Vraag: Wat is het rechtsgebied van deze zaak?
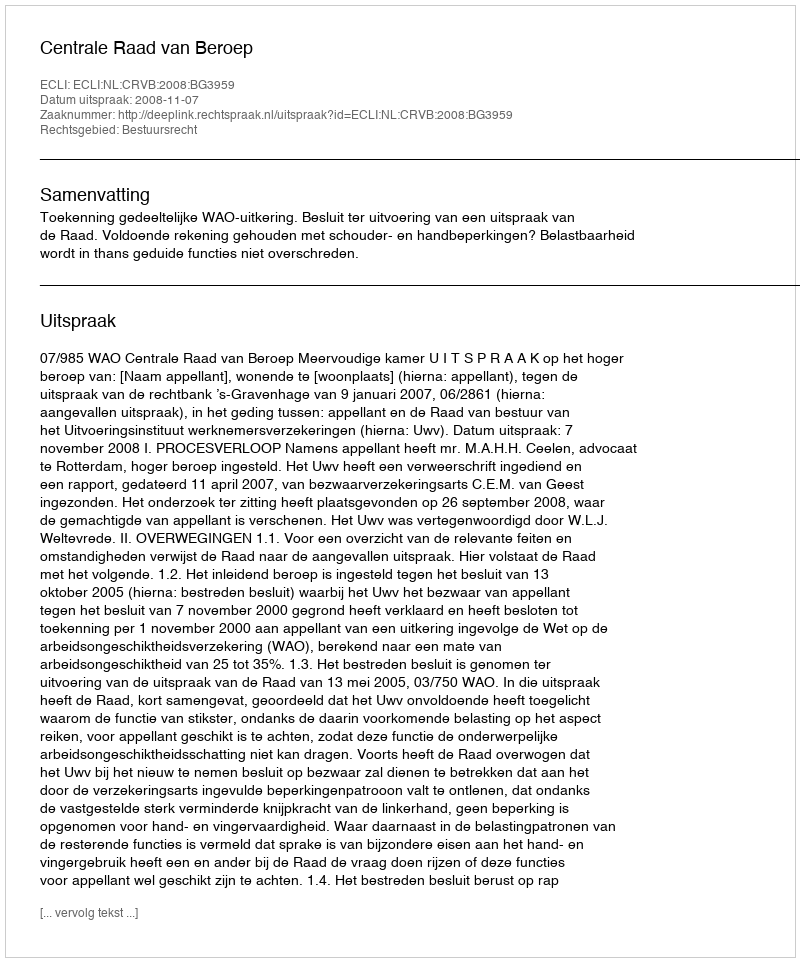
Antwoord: Bestuursrecht